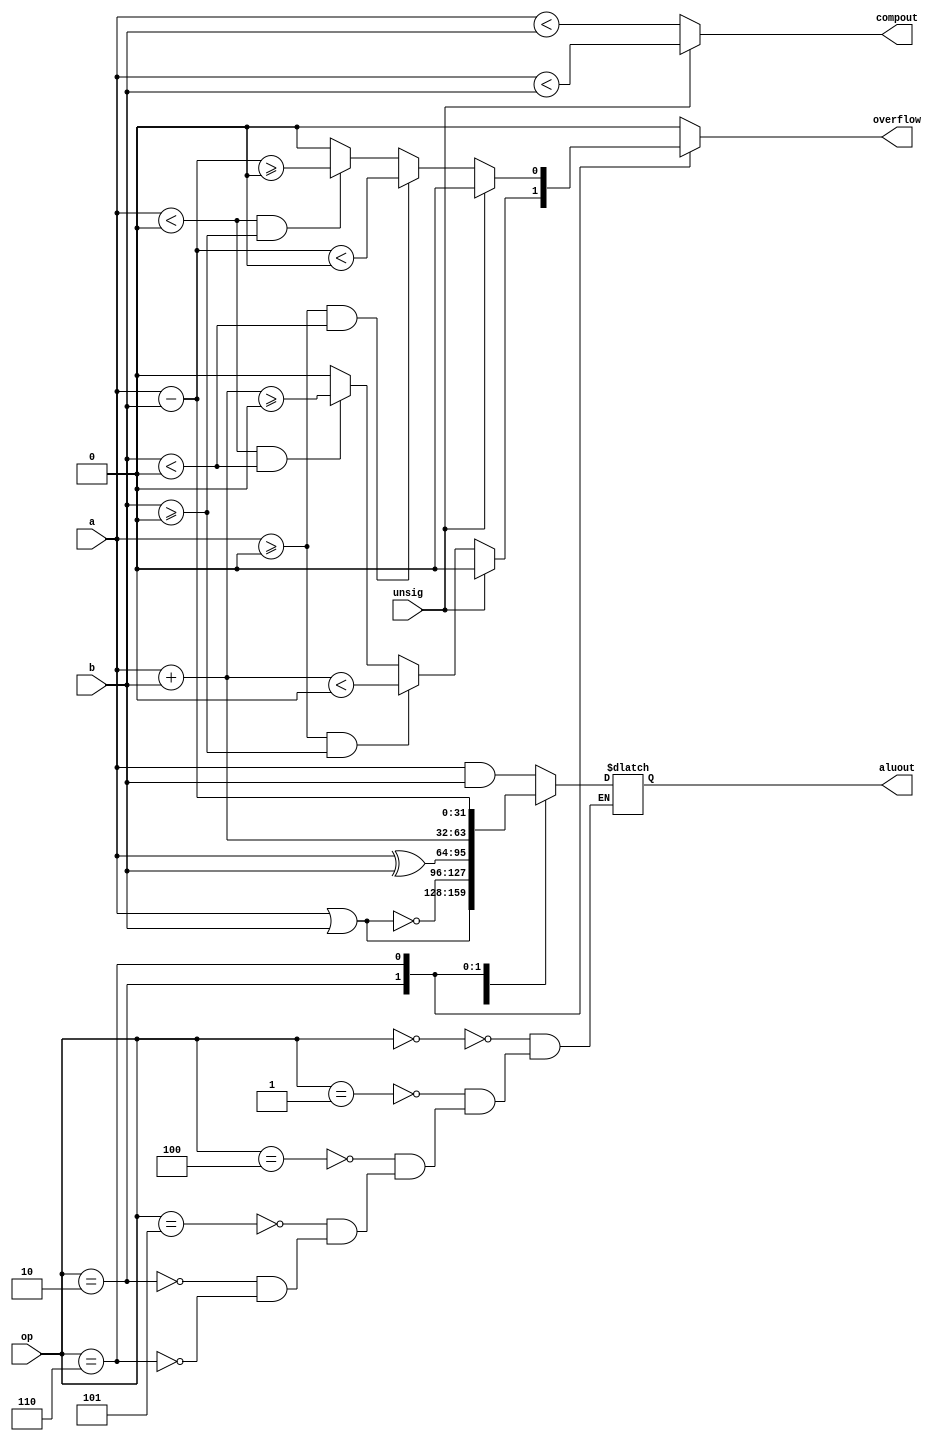
module Alu(

	input      [31:0] a,
	input      [31:0] b,
	input      [2:0]  op,
	input             unsig,
	output reg [31:0] aluout,
	output reg        compout,
	output reg        overflow
	
	);
	
  always @( a || b || op || unsig ) begin
    compout = (unsig) ? ($unsigned(a) < $unsigned(b)) : ($signed(a) < $signed(b));
	overflow = 1'b0;
    case(op)
      //and
      3'b000:
        	aluout = (a & b);
        	
      //or
      3'b001:
        	aluout = (a | b);
        	
      //nor
      3'b100:
        	aluout = ~(a | b);
        	
      //xor
      3'b101:
        	aluout = (a ^ b);        	

      //soma
      3'b010:
      begin
        aluout   = (unsig) ? ($unsigned(a) + $unsigned(b)) : ($signed(a) + $signed(b));
        overflow = (unsig) ? 1'b0: 
                    ((($signed(a) >= 0) && ($signed(b) >= 0)) ? ($signed(aluout) <  0) : 
                    ((($signed(a) <  0) && ($signed(b) <  0)) ? ($signed(aluout) >= 0) : (1'b0)));
      end
      //sub
      3'b110:
      begin
        aluout   = (unsig) ? ($unsigned(a) - $unsigned(b)) : ($signed(a) - $signed(b));
        overflow = (unsig) ?  1'b0 : 
                    ((($signed(a) >= 0) && ($signed(b) < 0)) ? ($signed(aluout) <  0) : 
                    ((($signed(a) <  0) && ($signed(b) >=  0)) ? ($signed(aluout) >= 0) : (1'b0)));
      end
    endcase
  end

endmodule